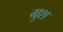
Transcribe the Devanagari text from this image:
ग्रुश